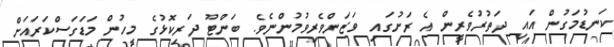
ކަނޑުމަގުން އައި ދަތުރުވެރީން އެ ރަށުގައި ވަޒަންވެރިވުމުންނެވެ. ބަންޓޫ ދަރިކޮޅުގެ މީހުން މަޑަގަސްކަރައަށް